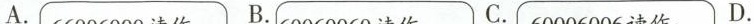
A. B. C. D.